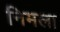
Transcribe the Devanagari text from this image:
निमला